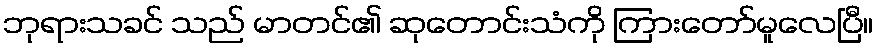
ဘုရားသခင် သည် မာတင်၏ ဆုတောင်းသံကို ကြားတော်မူလေပြီ။